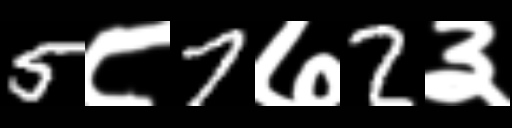
Text: 5८7७2३